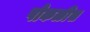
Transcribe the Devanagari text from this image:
पोकळीस